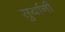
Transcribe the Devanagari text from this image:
सुर्यानी